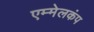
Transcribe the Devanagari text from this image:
एम्मेलकंप